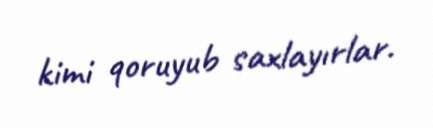
kimi qoruyub saxlayırlar.